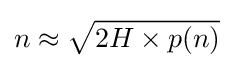
n\approx {\sqrt {2H\times p(n)}}